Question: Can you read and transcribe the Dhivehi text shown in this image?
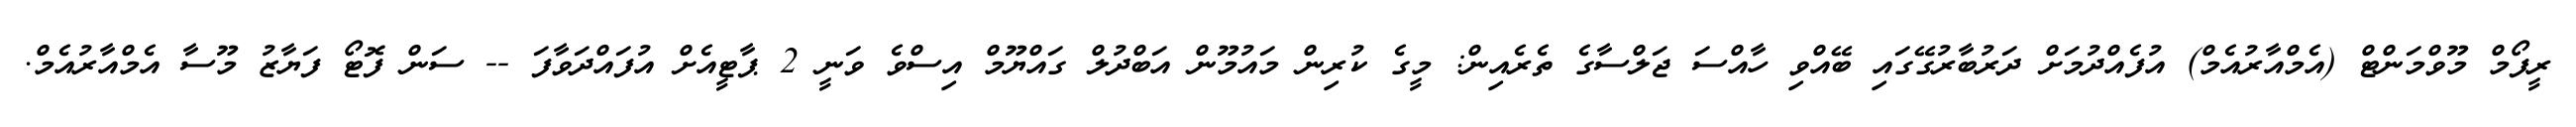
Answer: ރީފޯމް މޫވްމަންޓް (އެމްއާރުއެމް) އުފެއްދުމަށް ދަރުބާރުގޭގައި ބޭއްވި ހާއްސަ ޖަލްސާގެ ތެރެއިން: މީގެ ކުރިން މައުމޫން އަބްދުލް ގައްޔޫމް އިސްވެ ވަނީ 2 ޕާޓީއެށް އުފައްދަވާފަ -- ސަން ފޮޓޯ ފަޔާޒު މޫސާ އެމްއާރުއެމް.